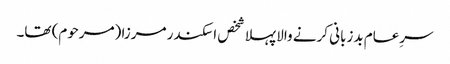
سرِعام بدزبانی کرنے والا پہلا شخص اسکندر مرزا (مرحوم) تھا۔